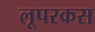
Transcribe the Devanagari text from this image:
लूपरकस